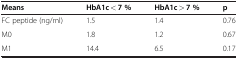
| Means | HbA1c < 7 % | HbA1c > 7 % | p |
 | --- | --- | --- | --- |
 | FC peptide (ng/ml) | 1.5 | 1.4 | 0.76 |
 | M0 | 1.8 | 1.2 | 0.67 |
 | M1 | 14.4 | 6.5 | 0.17 |